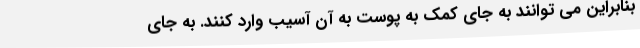
بنابراین می توانند به جای کمک به پوست به آن آسیب وارد کنند. به جای